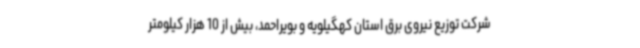
شرکت توزیع نیروی برق استان کهگیلویه و بویراحمد، بیش از 10 هزار کیلومتر